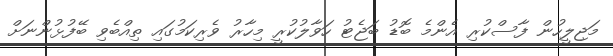
މަޖިލީހުން ފާސްކުރި އެންމެ ބޮޑު ބަޖެޓު ހަވާލުކުރީ މިހާރު ވެރިކަމުގައި ތިއްބެވި ބޭފުޅުންނަށް